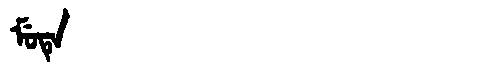
Manchu: ᠮᡠᡨᡝ
Romanization: MUTE